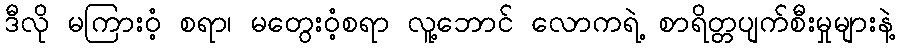
ဒီလို မကြားဝံ့ စရာ၊ မတွေးဝံ့စရာ လူ့ဘောင် လောကရဲ့ စာရိတ္တပျက်စီးမှုများနဲ့